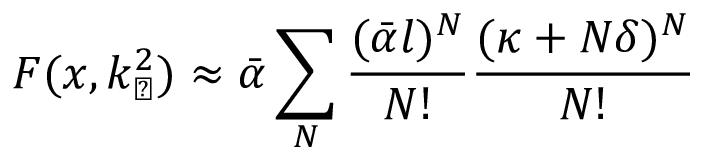
{ \cal F } ( x , k _ { \perp } ^ { 2 } ) \approx \bar { \alpha } \sum _ { N } \frac { ( \bar { \alpha } l ) ^ { N } } { N ! } \frac { ( \kappa + N \delta ) ^ { N } } { N ! }